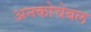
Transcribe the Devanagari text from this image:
अनकोचेबल